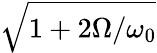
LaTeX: \sqrt{1+2\Omega/\omega_{0}}